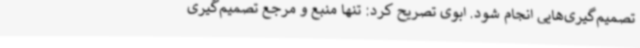
تصمیم‌گیری‌هایی انجام شود. ابوی تصریح کرد: تنها منبع و مرجع تصمیم‌گیری